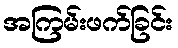
အကြမ်းဖက်ခြင်း